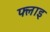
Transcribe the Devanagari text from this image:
फ्लाइ